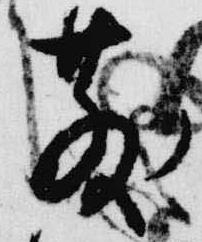
散